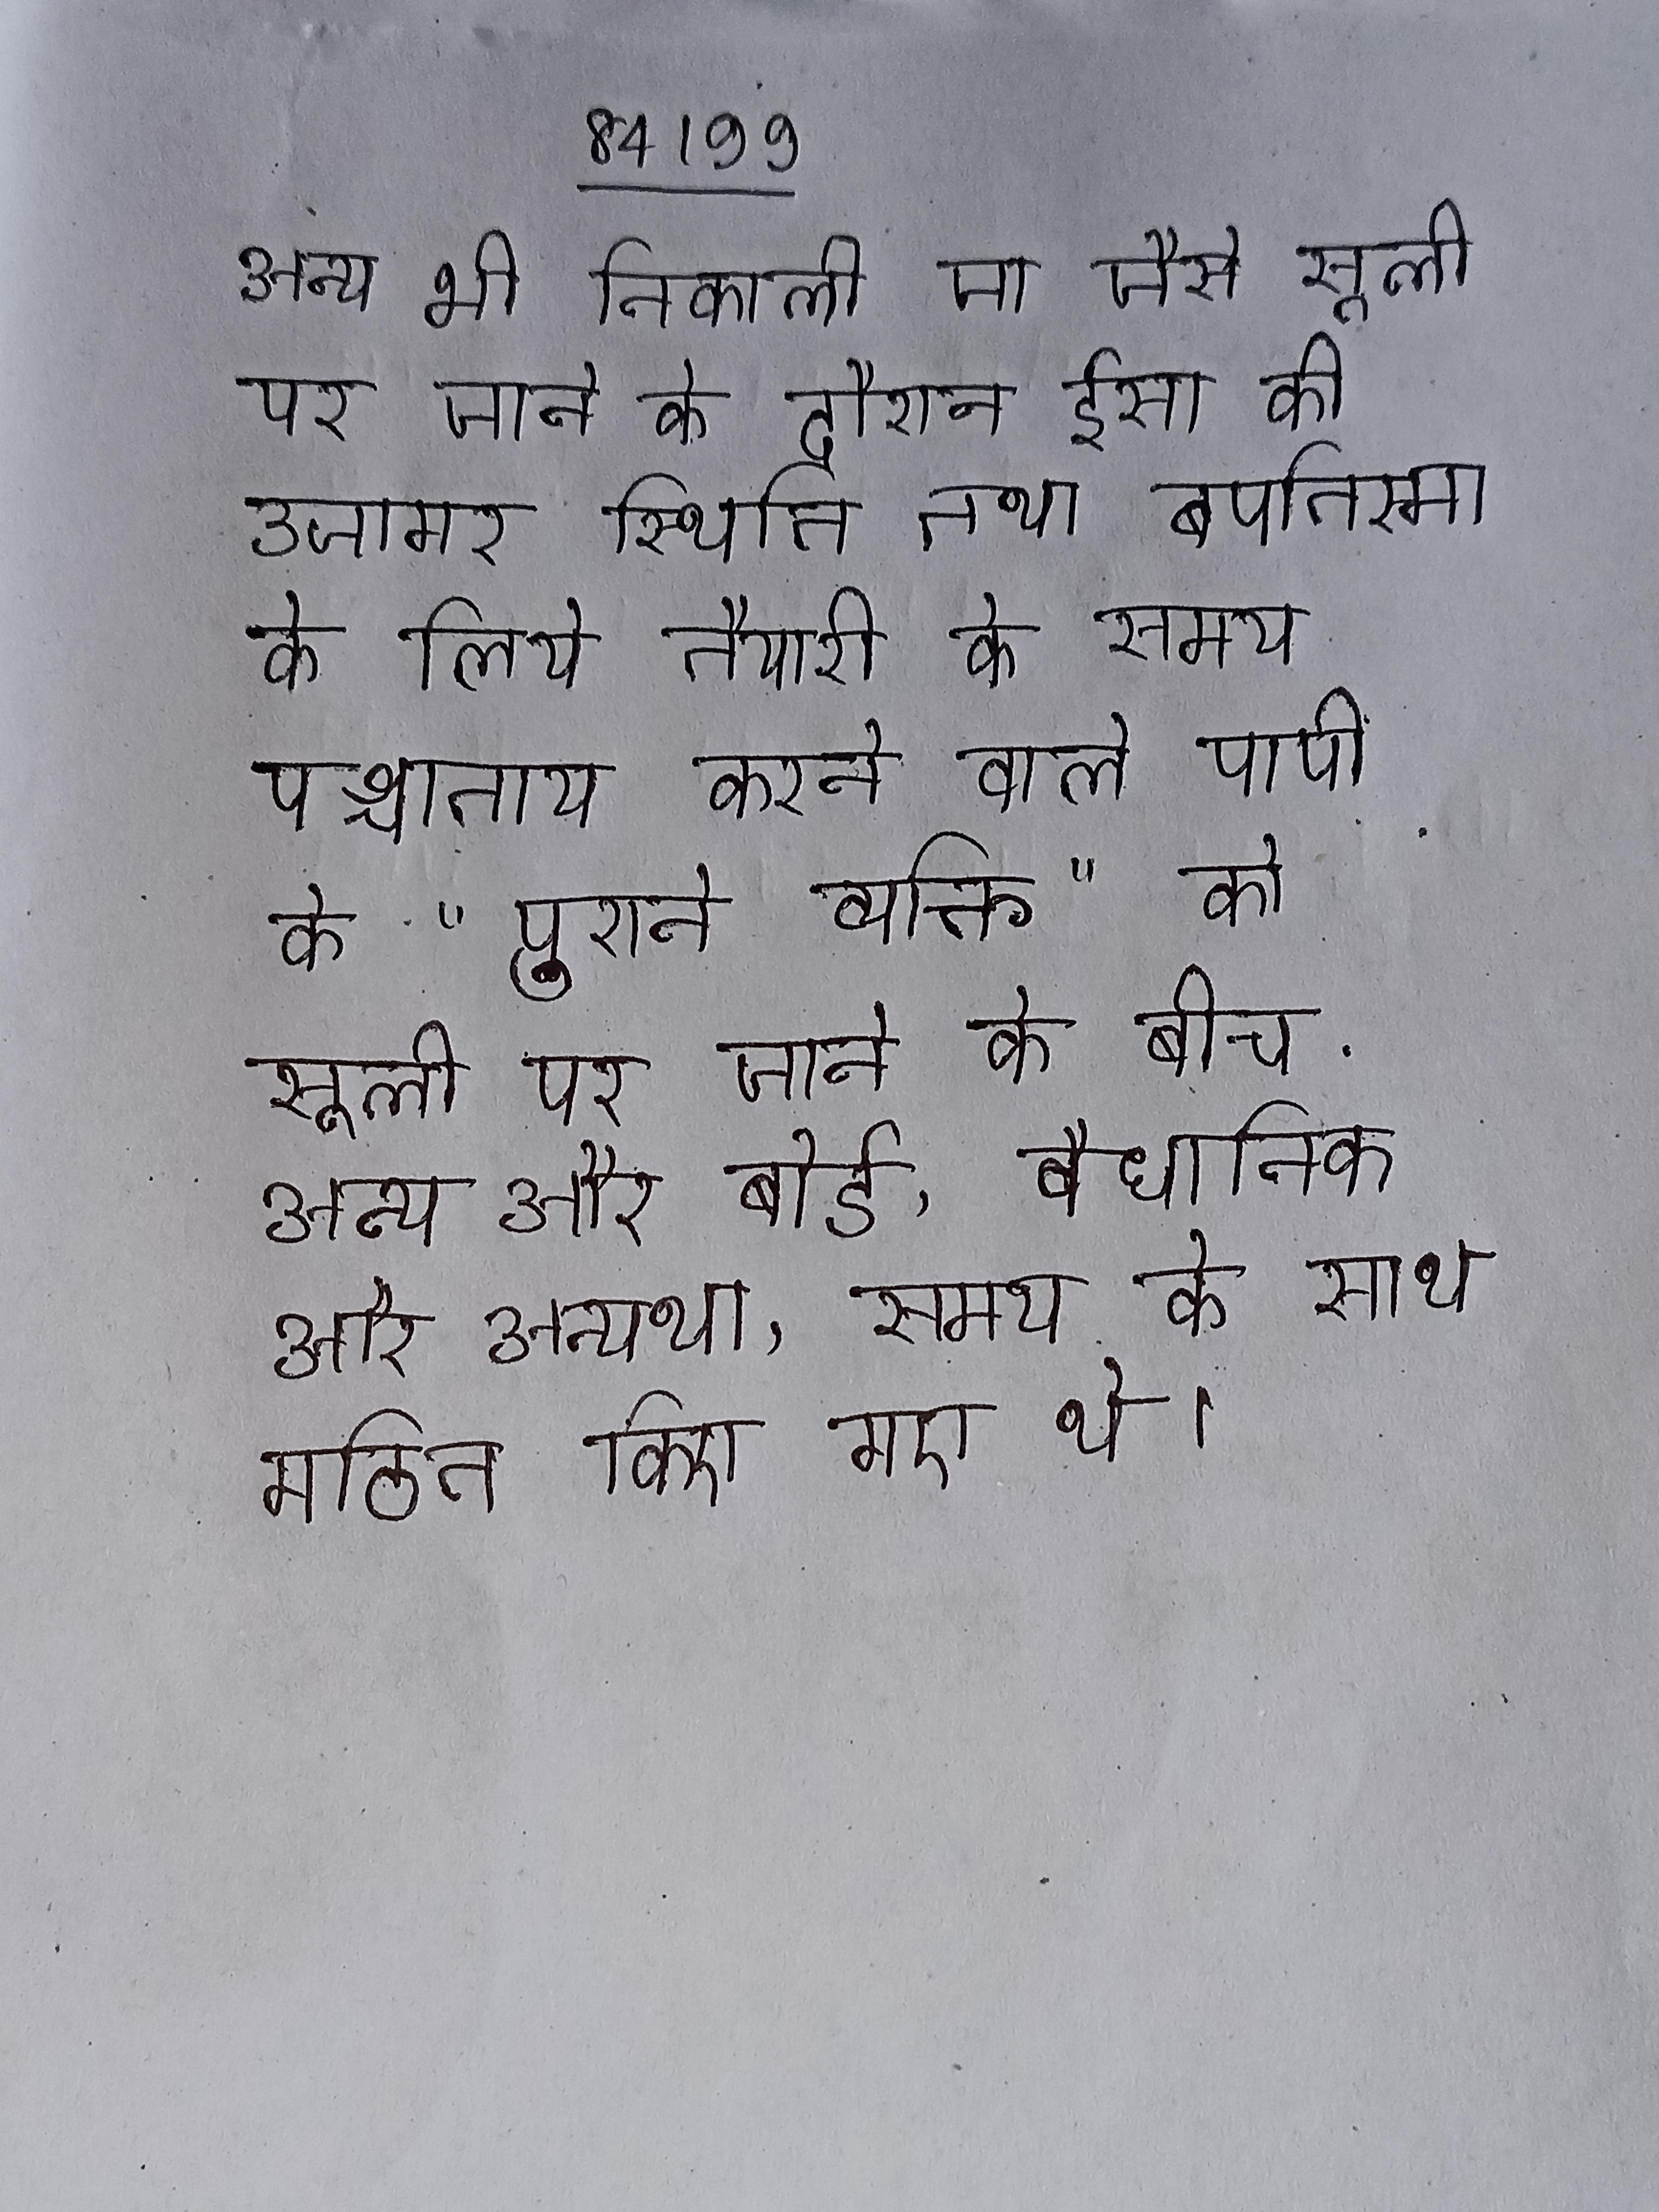
अन्य भी निकाली जा जैसे सूली पर जाने के दौरान ईसा की उजागर स्थिति तथा बपतिस्मा के लिये तैयारी के समय पश्चाताप करने वाले पापी के "पुराने व्यक्ति" को सूली पर जाने के बीच . अन्य और बोर्ड, वैधानिक और अन्यथा, समय के साथ गठित किए गए थे ।